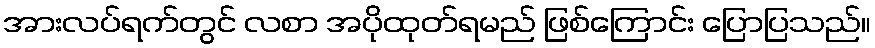
အားလပ်ရက်တွင် လစာ အပိုထုတ်ရမည် ဖြစ်ကြောင်း ပြောပြသည်။